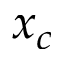
x _ { c }